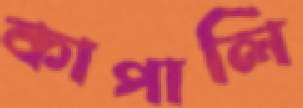
কাপালি